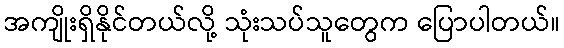
အကျိုးရှိနိုင်တယ်လို့ သုံးသပ်သူတွေက ပြောပါတယ်။